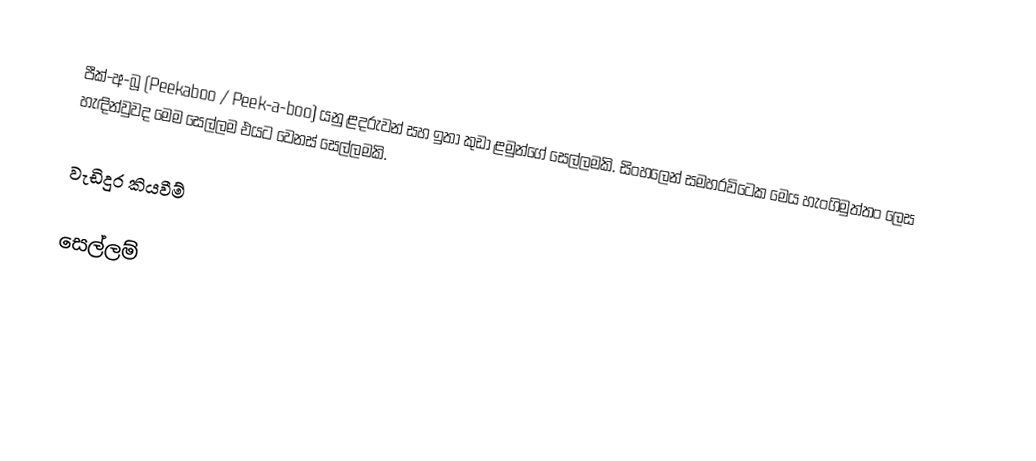
පීක්-අ-බූ  (Peekaboo / Peek-a-boo) යනු ළදරුවන් සහ ඉතා  කුඩා ළමුන්ගේ සෙල්ලමකි. සිංහලෙන් සමහරවි‍ටෙක මෙය හැංගිමුත්තං ලෙස හැඳින්වුවද මෙම සෙල්ලම ‍එයට වෙනස් සෙල්ලමකි.

වැඩිදුර කියවීම්

සෙල්ලම්‍